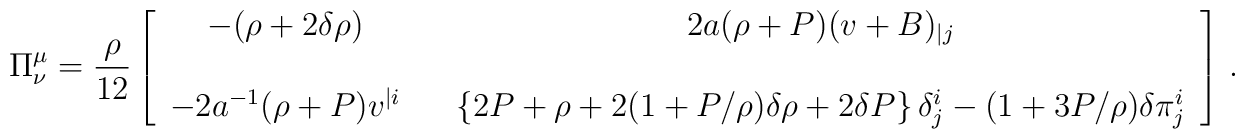
\Pi^\mu_\nu ={\rho\over12}\left[\begin{array}{ccc}-(\rho+2\delta\rho) & & 2a(\rho+P)(v +B )_{|j} \\&&\\-2a^{-1}(\rho+P)v^{|i} & &\left\{2P+\rho+2(1+P/\rho)\delta\rho + 2\delta P\right\}\delta^i_j- (1+3P/\rho)\delta\pi^i_j\end{array}\right] \,.